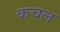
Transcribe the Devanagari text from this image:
कचल